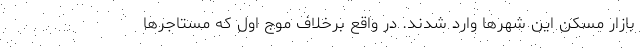
بازار مسکن این شهرها وارد شدند. در واقع برخلاف موج اول که مستاجرها